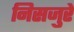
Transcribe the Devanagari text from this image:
निसजुरे